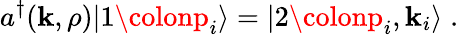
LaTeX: a^{\dagger}(\mathbf{k},\rho)\vert1\colonp_{i}\rangle=\vert2\colonp_{i},\mathbf{k}_{i}\rangle\; .